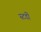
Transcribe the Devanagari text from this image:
स्टर्डी